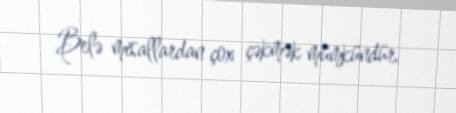
Belə misallardan çox çəkmək mümkündür.